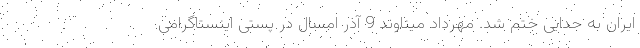
ایران به جدایی ختم شد. مهرداد میناوند 9 آذر امسال در پستی اینستاگرامی